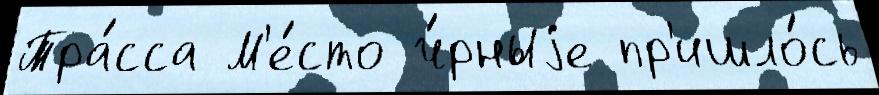
Тра́сса М'е́сто ч́рныjе пр'ишло́сь